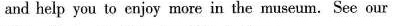
and help you to enjoy more in the museum . See our